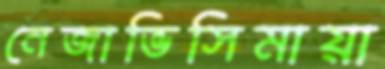
নেজাভিসিমায়া